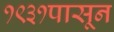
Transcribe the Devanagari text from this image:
१९३१पासून